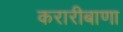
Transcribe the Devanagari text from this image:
करारीबाणा